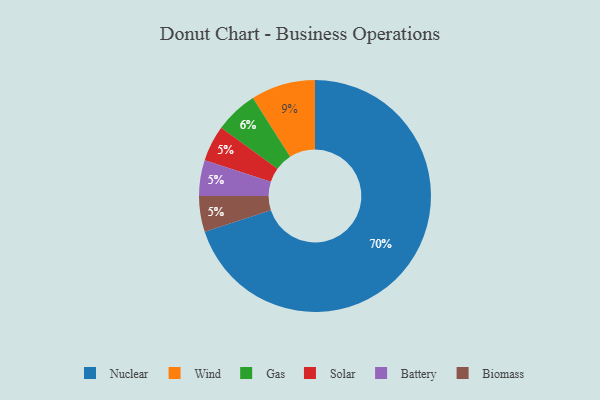
{"axis": {"x": "Category", "y": "Percentage"}, "legend": ["Battery", "Biomass", "Gas", "Nuclear", "Solar", "Wind"], "data": [{"x": "Nuclear", "y": 70, "type": "Nuclear"}, {"x": "Gas", "y": 6, "type": "Gas"}, {"x": "Solar", "y": 5, "type": "Solar"}, {"x": "Battery", "y": 5, "type": "Battery"}, {"x": "Wind", "y": 9, "type": "Wind"}, {"x": "Biomass", "y": 5, "type": "Biomass"}]}